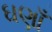
ઘણાઁ